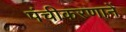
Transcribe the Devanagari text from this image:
पंचीकरणानें